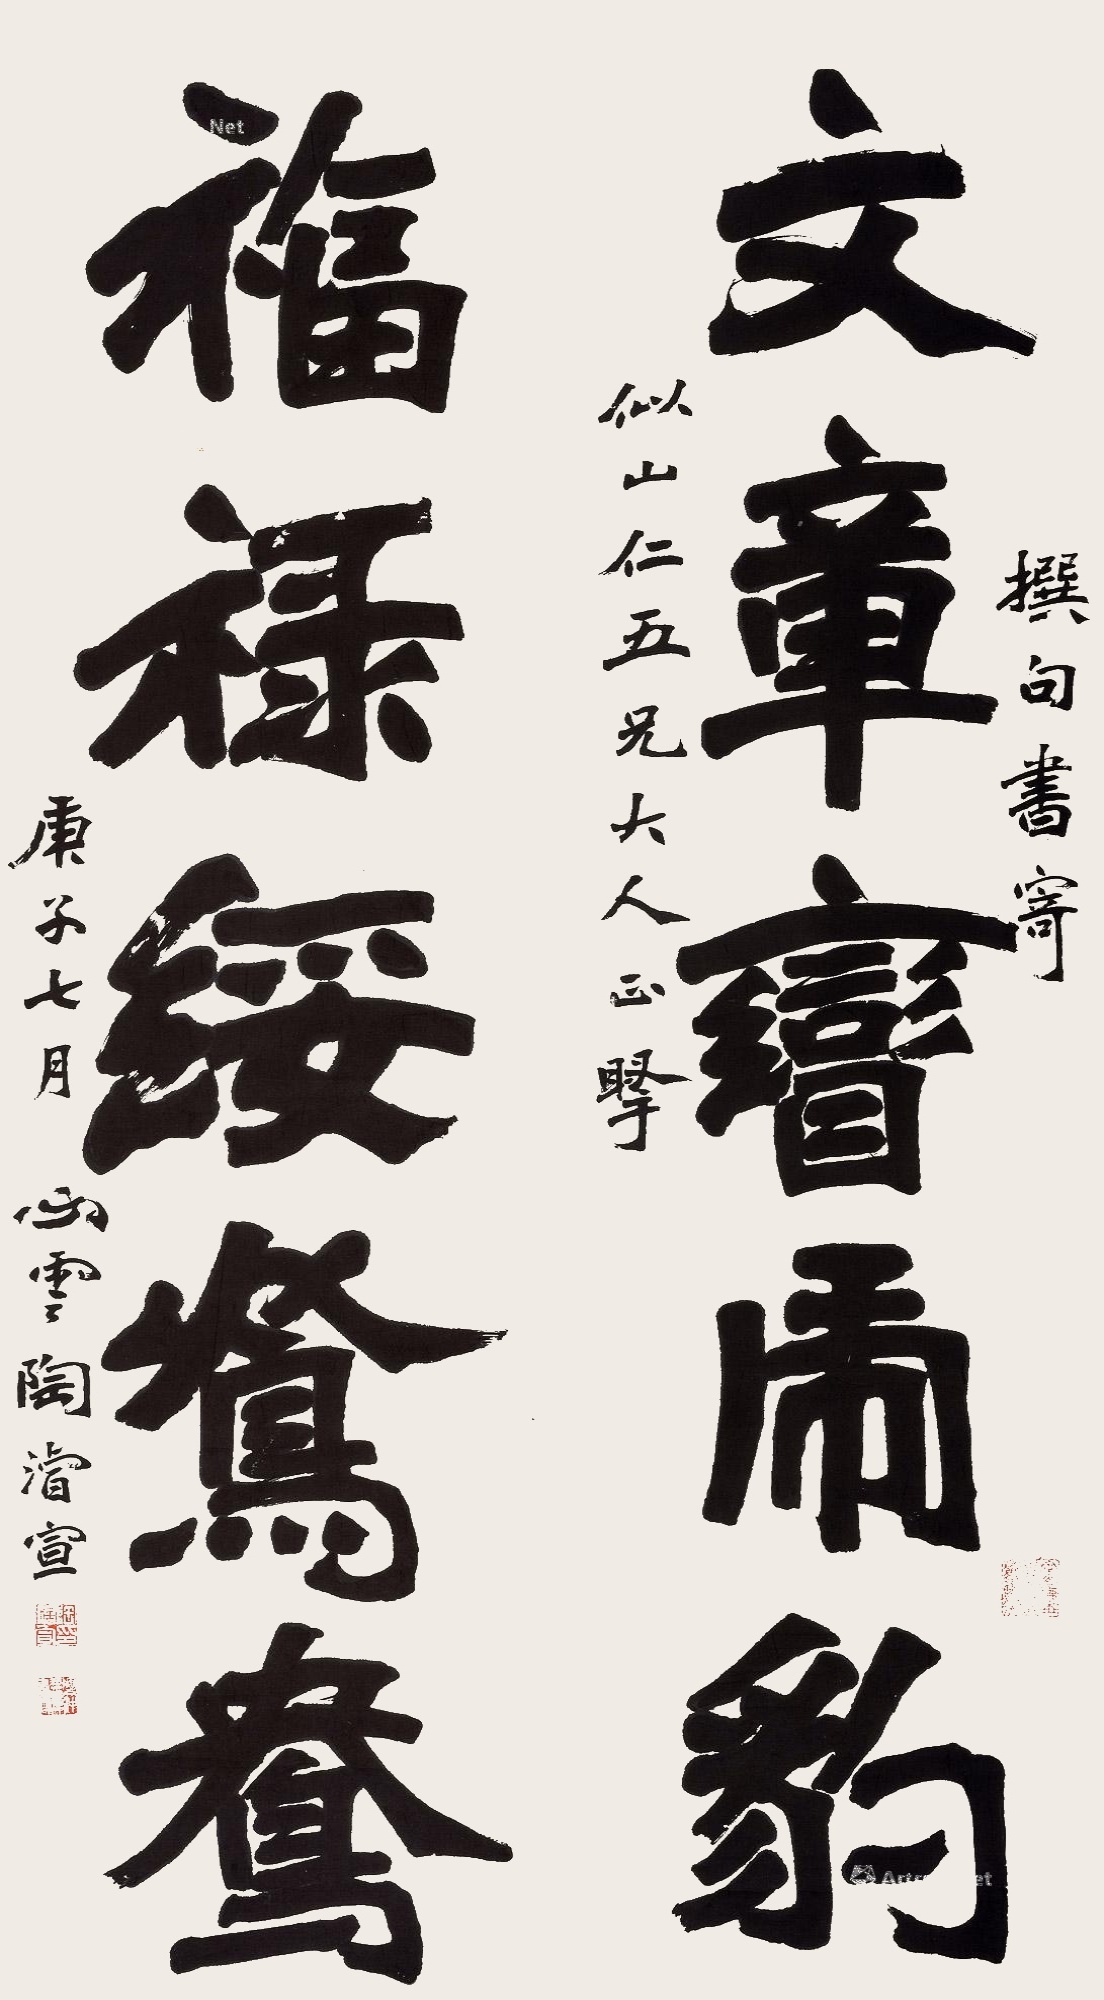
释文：文章矕虎豹，福禄绥鸳鸯。撰句书寄，似山仁五兄大人正腕。庚子七月，心云陶濬宣。